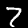
Label: 7